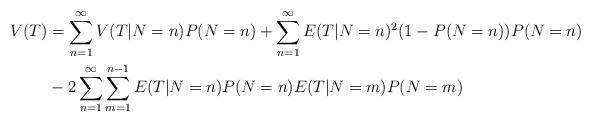
LaTeX: \begin{align*} V(T) &= \sum_{n=1}^{\infty} V(T | N=n) P(N=n) + \sum_{n=1}^{\infty} E(T|N=n)^2 (1-P(N=n)) P(N=n) \\ &- 2 \sum_{n=1}^{\infty} \sum_{m=1}^{n-1} E(T | N=n) P(N=n) E(T | N=m) P(N=m) \end{align*}